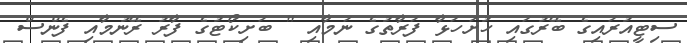
ސިޓީއުރައިގެ ބޭރުގައި ހުށަހަޅާ ފަރާތުގެ ނަމާއި " ބަށިކޯޓުގެ ފާރު ރޭނުމާއި ފެންސް